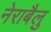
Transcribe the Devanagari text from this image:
नेराबैलु